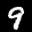
Label: 9